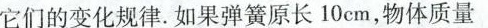
它们的变化规律。如果弹簧原长10cm，物体质量